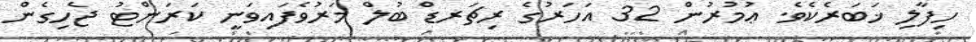
ހިފާލި ޚަބަރެކެވެ. ޢުމުރުން 32 އަހަރުގެ ރިޗަރޑް ބުލް މަރުވެފައިވަނީ ކަރަންޓު ޖެހިގެން